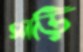
সাড়ি